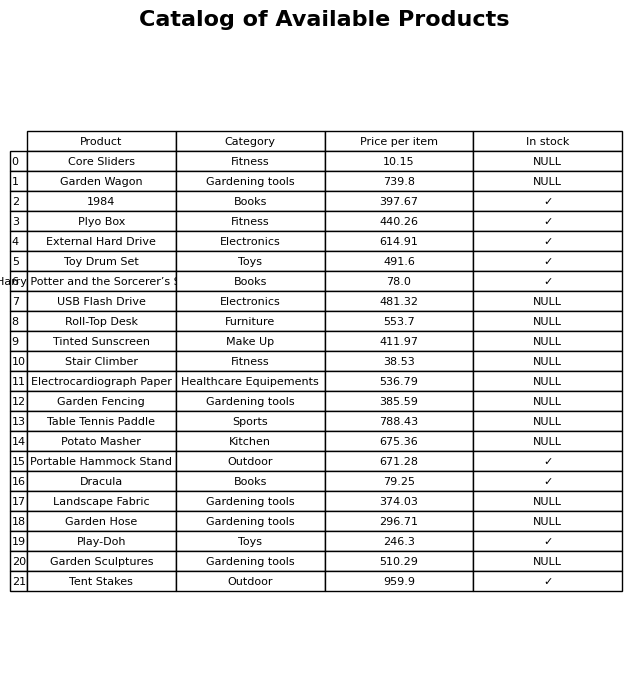
question: Which products are available in stock?
answer: 1984, Plyo Box, External Hard Drive, Toy Drum Set, Harry Potter and the Sorcerer’s Stone, Portable Hammock Stand, Dracula, Play-Doh, Tent Stakes